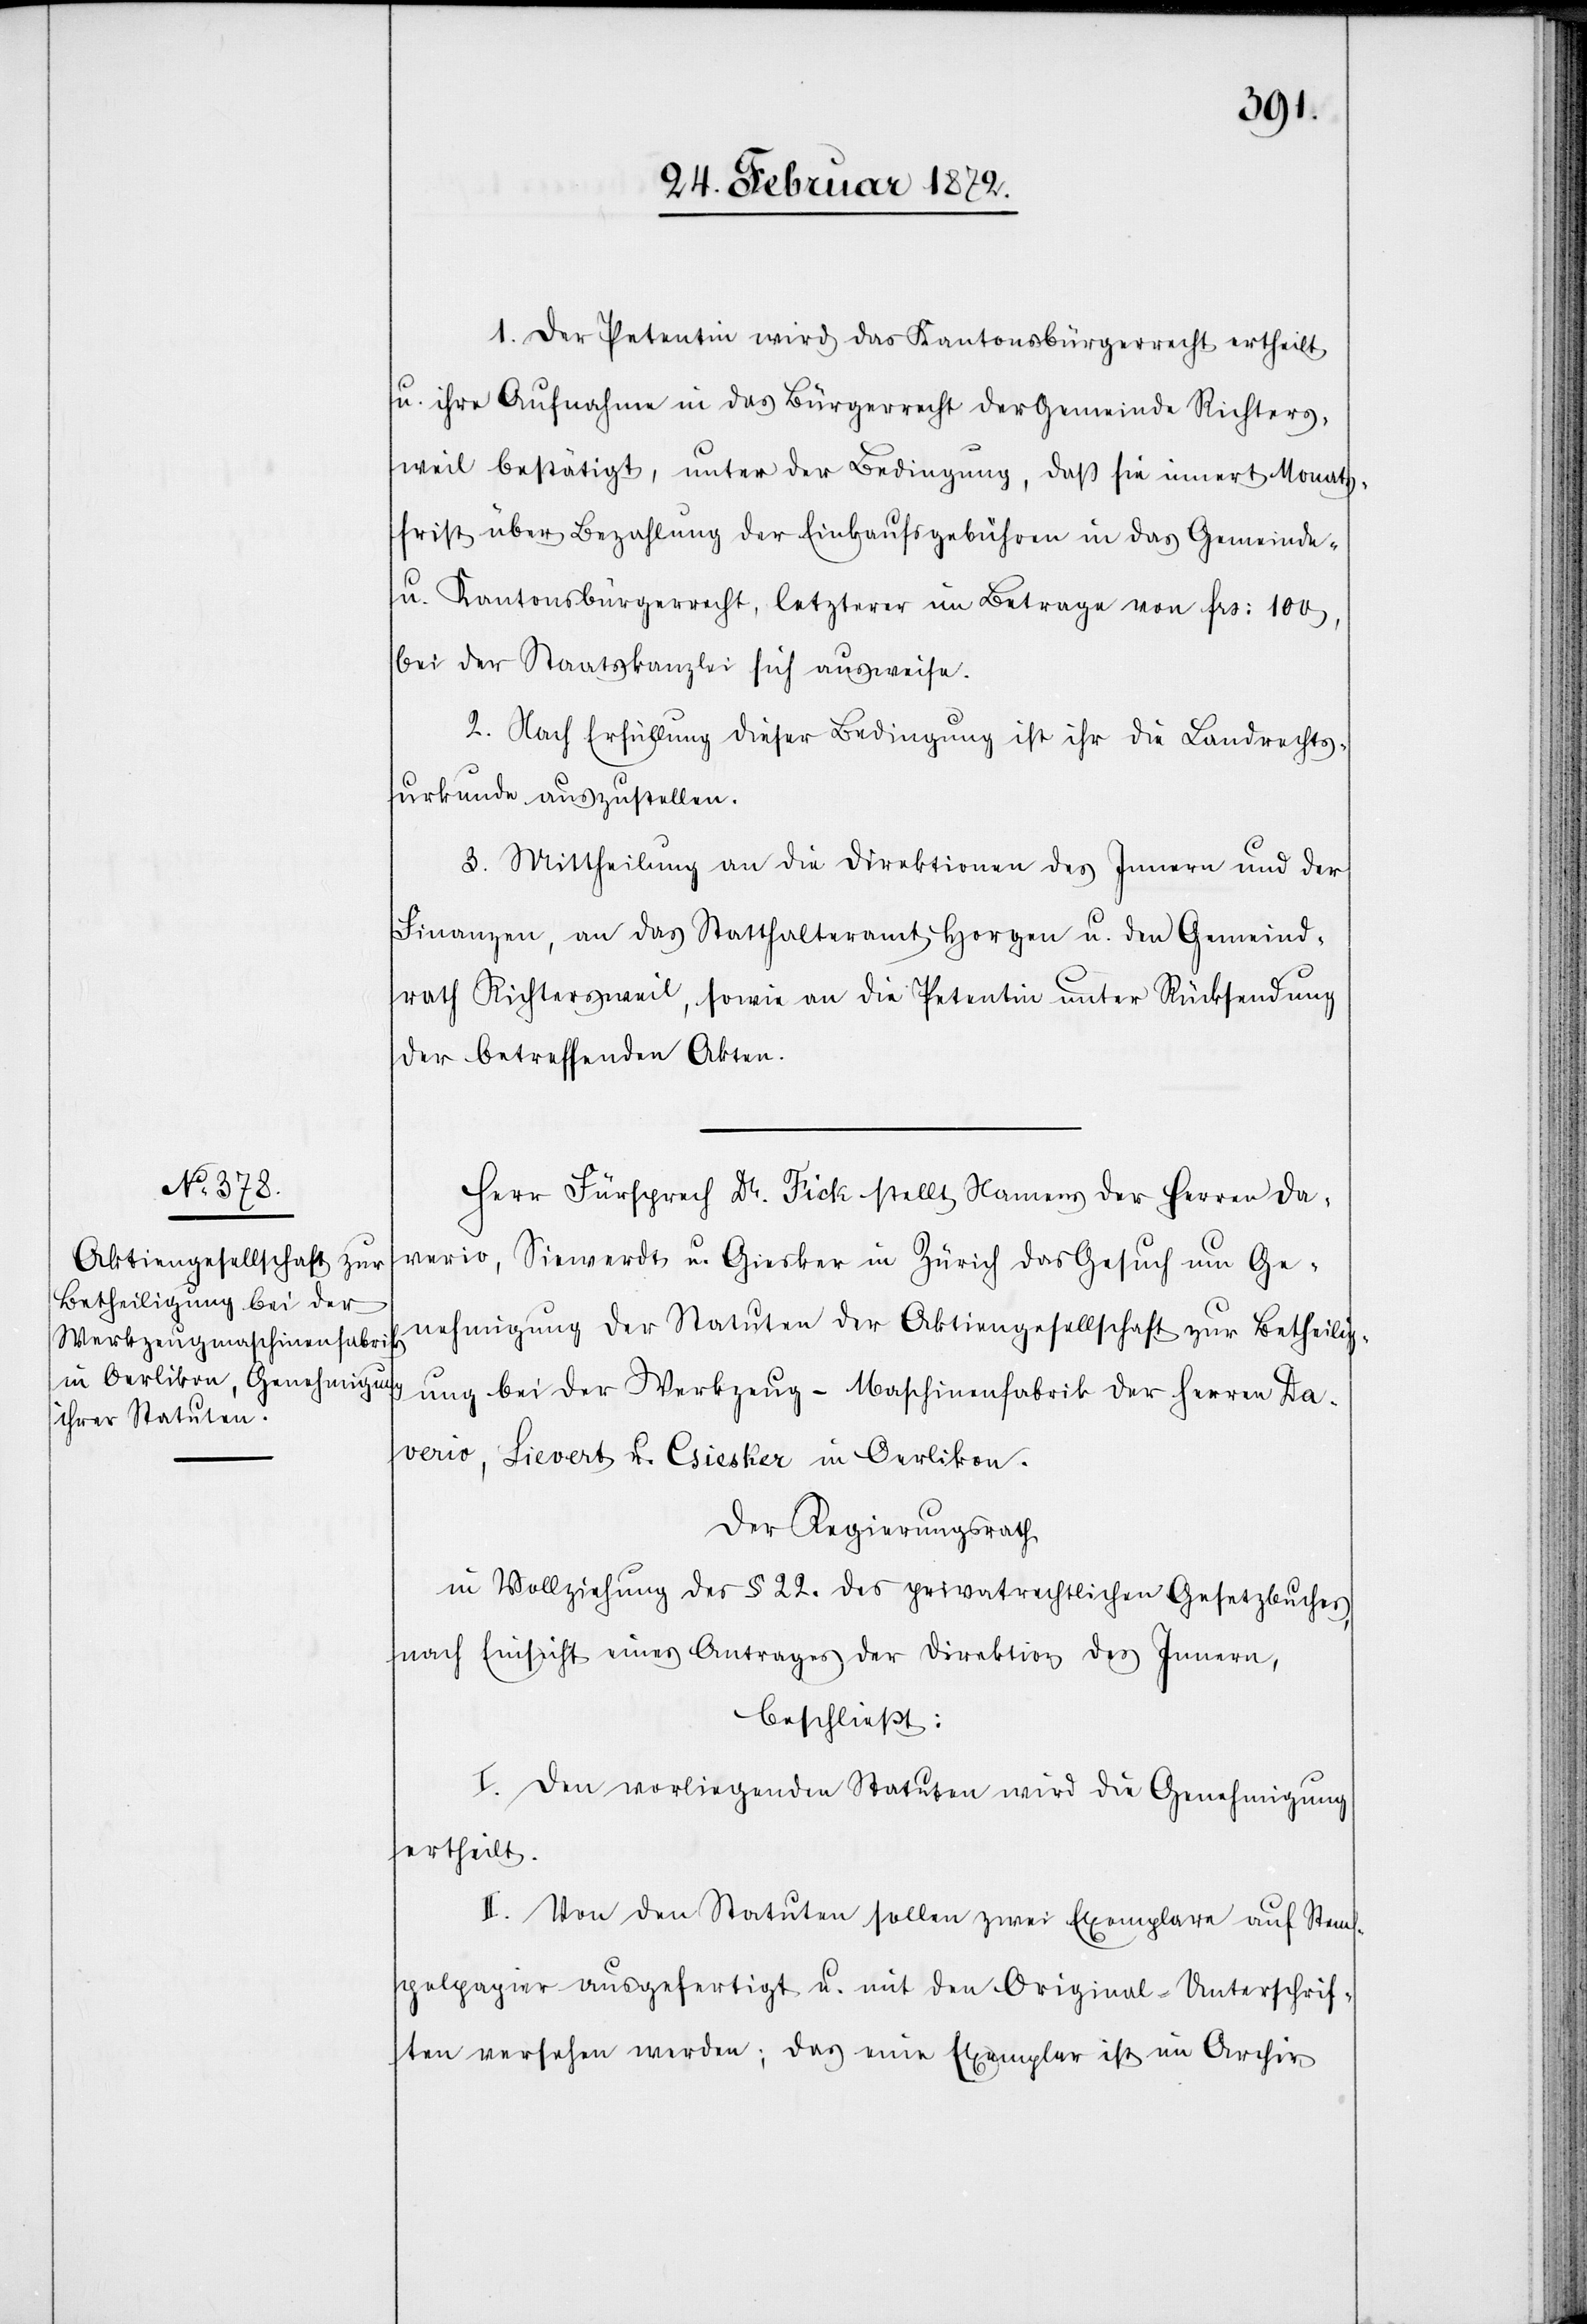
1. Der Petentin wird das Kantonsbürgerrecht ertheilt
u. ihre Aufnahme in das Bürgerrecht der Gemeinde Richters¬
weil bestätigt, unter der Bedingung, daß sie innert Monat¬
sfrist über Bezahlung der Einkaufsgebühren in das Gemeinde-
u. Kantonsbürgerrecht, letzterer im Betrage von frs. 100,
bei der Staatskanzlei sich ausweise.
2. Nach Erfüllung dieser Bedingung ist ihr die Landrechts¬
urkunde auszustellen.
3. Mittheilung an die Direktion des Innern und der
Finanzen, an das Statthalteramt Horgen u. den Gemeind¬
rath Richtersweil, sowie an die Petentin unter Rücksendung
der betreffenden Akten.
Herr Fürsprech Dr. Fick stellt Namens der Herren Da¬
verio, Siewerdt u. Giesker in Zürich das Gesuch um Ge¬
nehmigung der Statuten der Aktiengesellschaft zur Betheilig¬
ung bei der Werkzeug-Maschinenfabrik der Herren Da¬
verio, Sievert [sic!] u. Giesker in Oerlikon.
Der Regierungsrath
in Vollziehung des § 22. des privatrechtlichen Gesetzbuches,
nach Einsicht eines Antrages der Direktion des Innern,
beschließt:
I. Den vorliegenden Statuten wird die Genehmigung
ertheilt.
II. Von den Statuten sollen zwei Exemplare auf Stem¬
pelpapier ausgefertigt u. mit den Original-Unterschrif¬
ten versehen werden; das eine Exemplar ist im Archiv